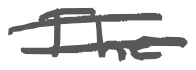
Text: The
Cross-out: double-line
Writing tool: digital_gray